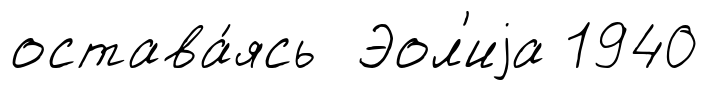
остава́ясь Эол'иjа 1940